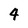
Character: 4